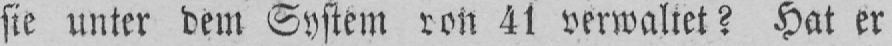
sie unter dem System von 41 verwaltet? Hat er